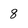
Character: 8